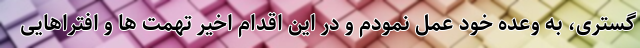
گستری، به وعده خود عمل نمودم و در این اقدام اخیر تهمت ها و افتراهایی